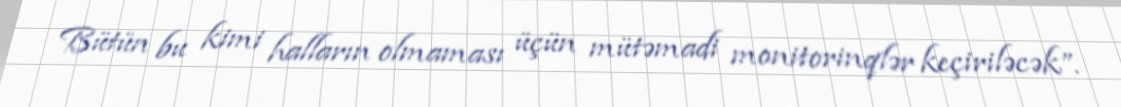
Bütün bu kimi halların olmaması üçün mütəmadi monitorinqlər keçiriləcək”.